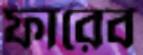
ফারেব